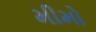
મીમો